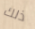
ذلك